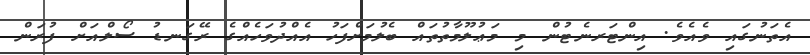
އެތަނުގައި ވެއެވެ. އިންޓަރނެޓުން މި މަޢުލޫމާތުތައް ބެލުމަށްފަހު އެއްދުވަހެއްގެ ރޭގަނޑު ސޯލްއަށް ފުރަން